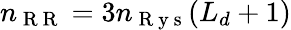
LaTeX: n_{\mathrm{~R~R~}}=3n_{\mathrm{~R~y~s~}}(L_{d}+1)